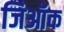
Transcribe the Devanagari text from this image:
जिऑक